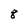
Character: 8